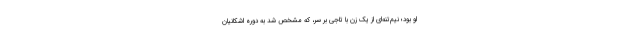
او بود؛ نیم‌تنه‌ای از یک زن با تاجی بر سر، که مشخص شد به دوره اشکانیان